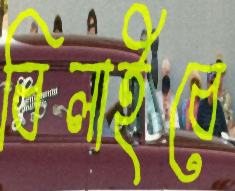
বিলাইবে